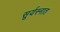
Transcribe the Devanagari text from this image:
सूर्यस्नात